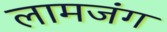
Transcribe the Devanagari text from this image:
लामजंग